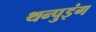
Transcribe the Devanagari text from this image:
थन्पुइंग